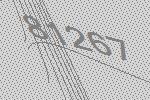
81267